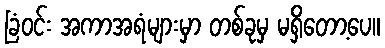
ခြံဝင်း အကာအရံများမှာ တစ်ခုမှ မရှိတော့ပေ။